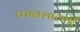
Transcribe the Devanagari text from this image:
प्रसवशालाएँ